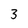
Character: 3